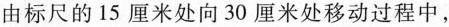
由标尺的15厘米处向30厘米处移动过程中，